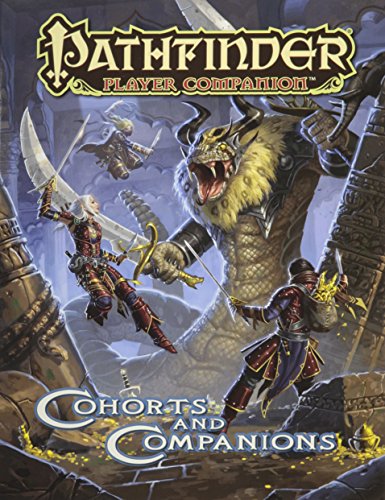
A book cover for Pathfinder Player Companion: Cohorts & Companions; Paizo Publishing; Science Fiction & Fantasy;